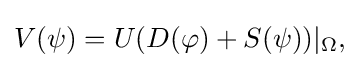
\displaystyle {V(\psi )=U(D(\varphi )+S(\psi ))|_{\Omega },}